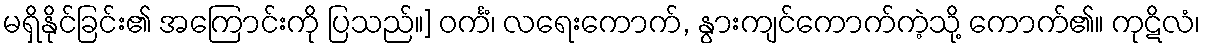
မရှိနိုင်ခြင်း၏ အကြောင်းကို ပြသည်။] ဝင်္ကံ၊ လရေးကောက်, နွားကျင်ကောက်ကဲ့သို့ ကောက်၏။ ကုဋိလံ၊